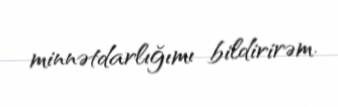
minnətdarlığımı bildirirəm.